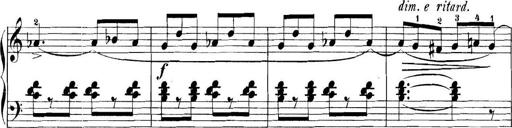
Title: 11 Sonatinas
Composer: Anton Diabelli